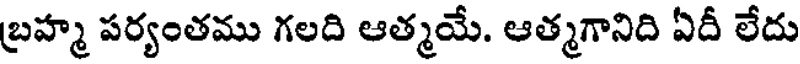
బ్రహ్మ పర్యంతము గలది ఆత్మయే. ఆత్మగానిది ఏదీ లేదు